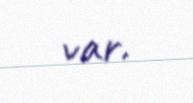
var.